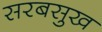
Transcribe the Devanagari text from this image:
सरबसुख